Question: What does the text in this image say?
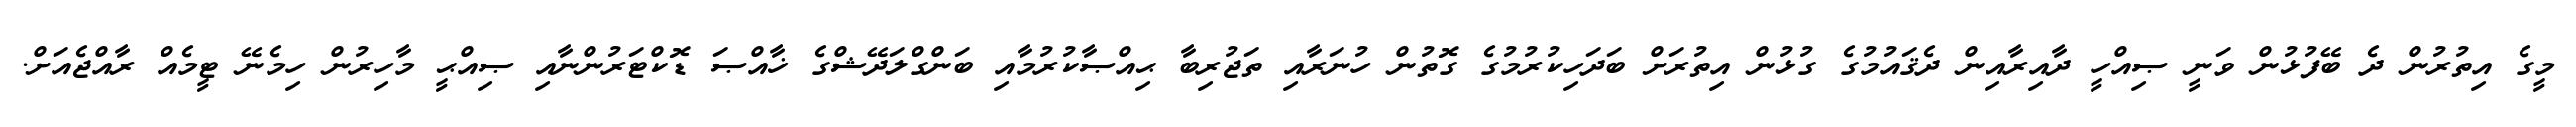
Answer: މީގެ އިތުރުން ދެ ބޭފުޅުން ވަނީ ޞިއްހީ ދާއިރާއިން ދެޤައުމުގެ ގުޅުން އިތުރަށް ބަދަހިކުރުމުގެ ގޮތުން ހުނަރާއި ތަޖުރިބާ ޙިއްޞާކުރުމާއި ބަންގްލަދޭޝްގެ ޚާއްޞަ ޑޮކްޓަރުންނާއި ޞިއްޙީ މާހިރުން ހިމެނޭ ޓީމެއް ރާއްޖެއަށް.